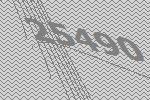
25490